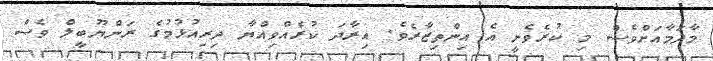
މާދަމާއަށްވެސް މި ކުރެވެނީ އެ އިންތިޒާރެވެ. އިރާދަ ކުރެއްވިއްޔާ ދިރިއުޅުމުގެ ރަންޔޫބީލް ވެސް